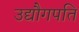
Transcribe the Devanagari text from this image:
उद्यौगपति